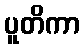
ပူတိကာ